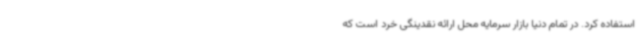
استفاده کرد. در تمام دنیا بازار سرمایه محل ارائه نقدینگی خرد است که